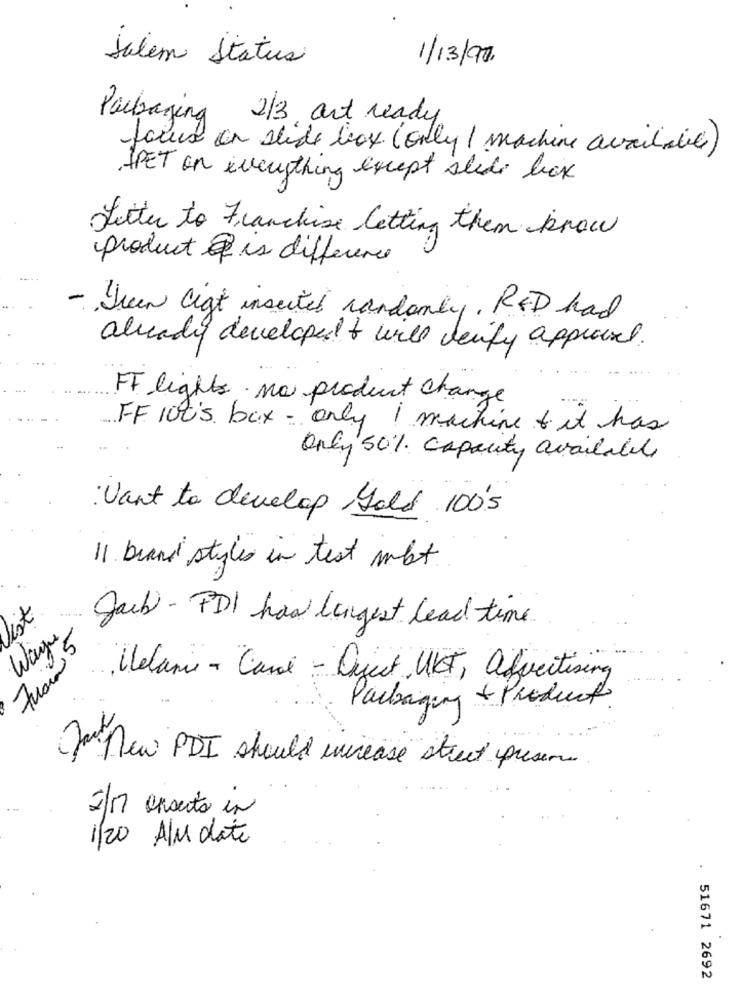
Salem Status
1/13/9.
Packaging 2/3, art ready
focus on side box ( only ) machine acrilico)
APET on everything except slide box
Letter to Franchise letting them know
product & is difference
...
- Green ligt inserted randomly, RED had
already developed to will verify approved.
FF lights no product change
FF 100's box - only ! machine & it has
Only 50% capacity available
: Want to develop Gold 100's
11 brand styles in test mbt.
list
Jaib - FDI has longest lead time
Zucia 5
Melanie - Carol - Object UKT, advertising
Packaging & Product
Ja new PDI should increase street preserve
2/ orsento in
1/20 Alu date
51671 2692